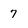
Character: 7